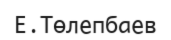
Е.Төлепбаев